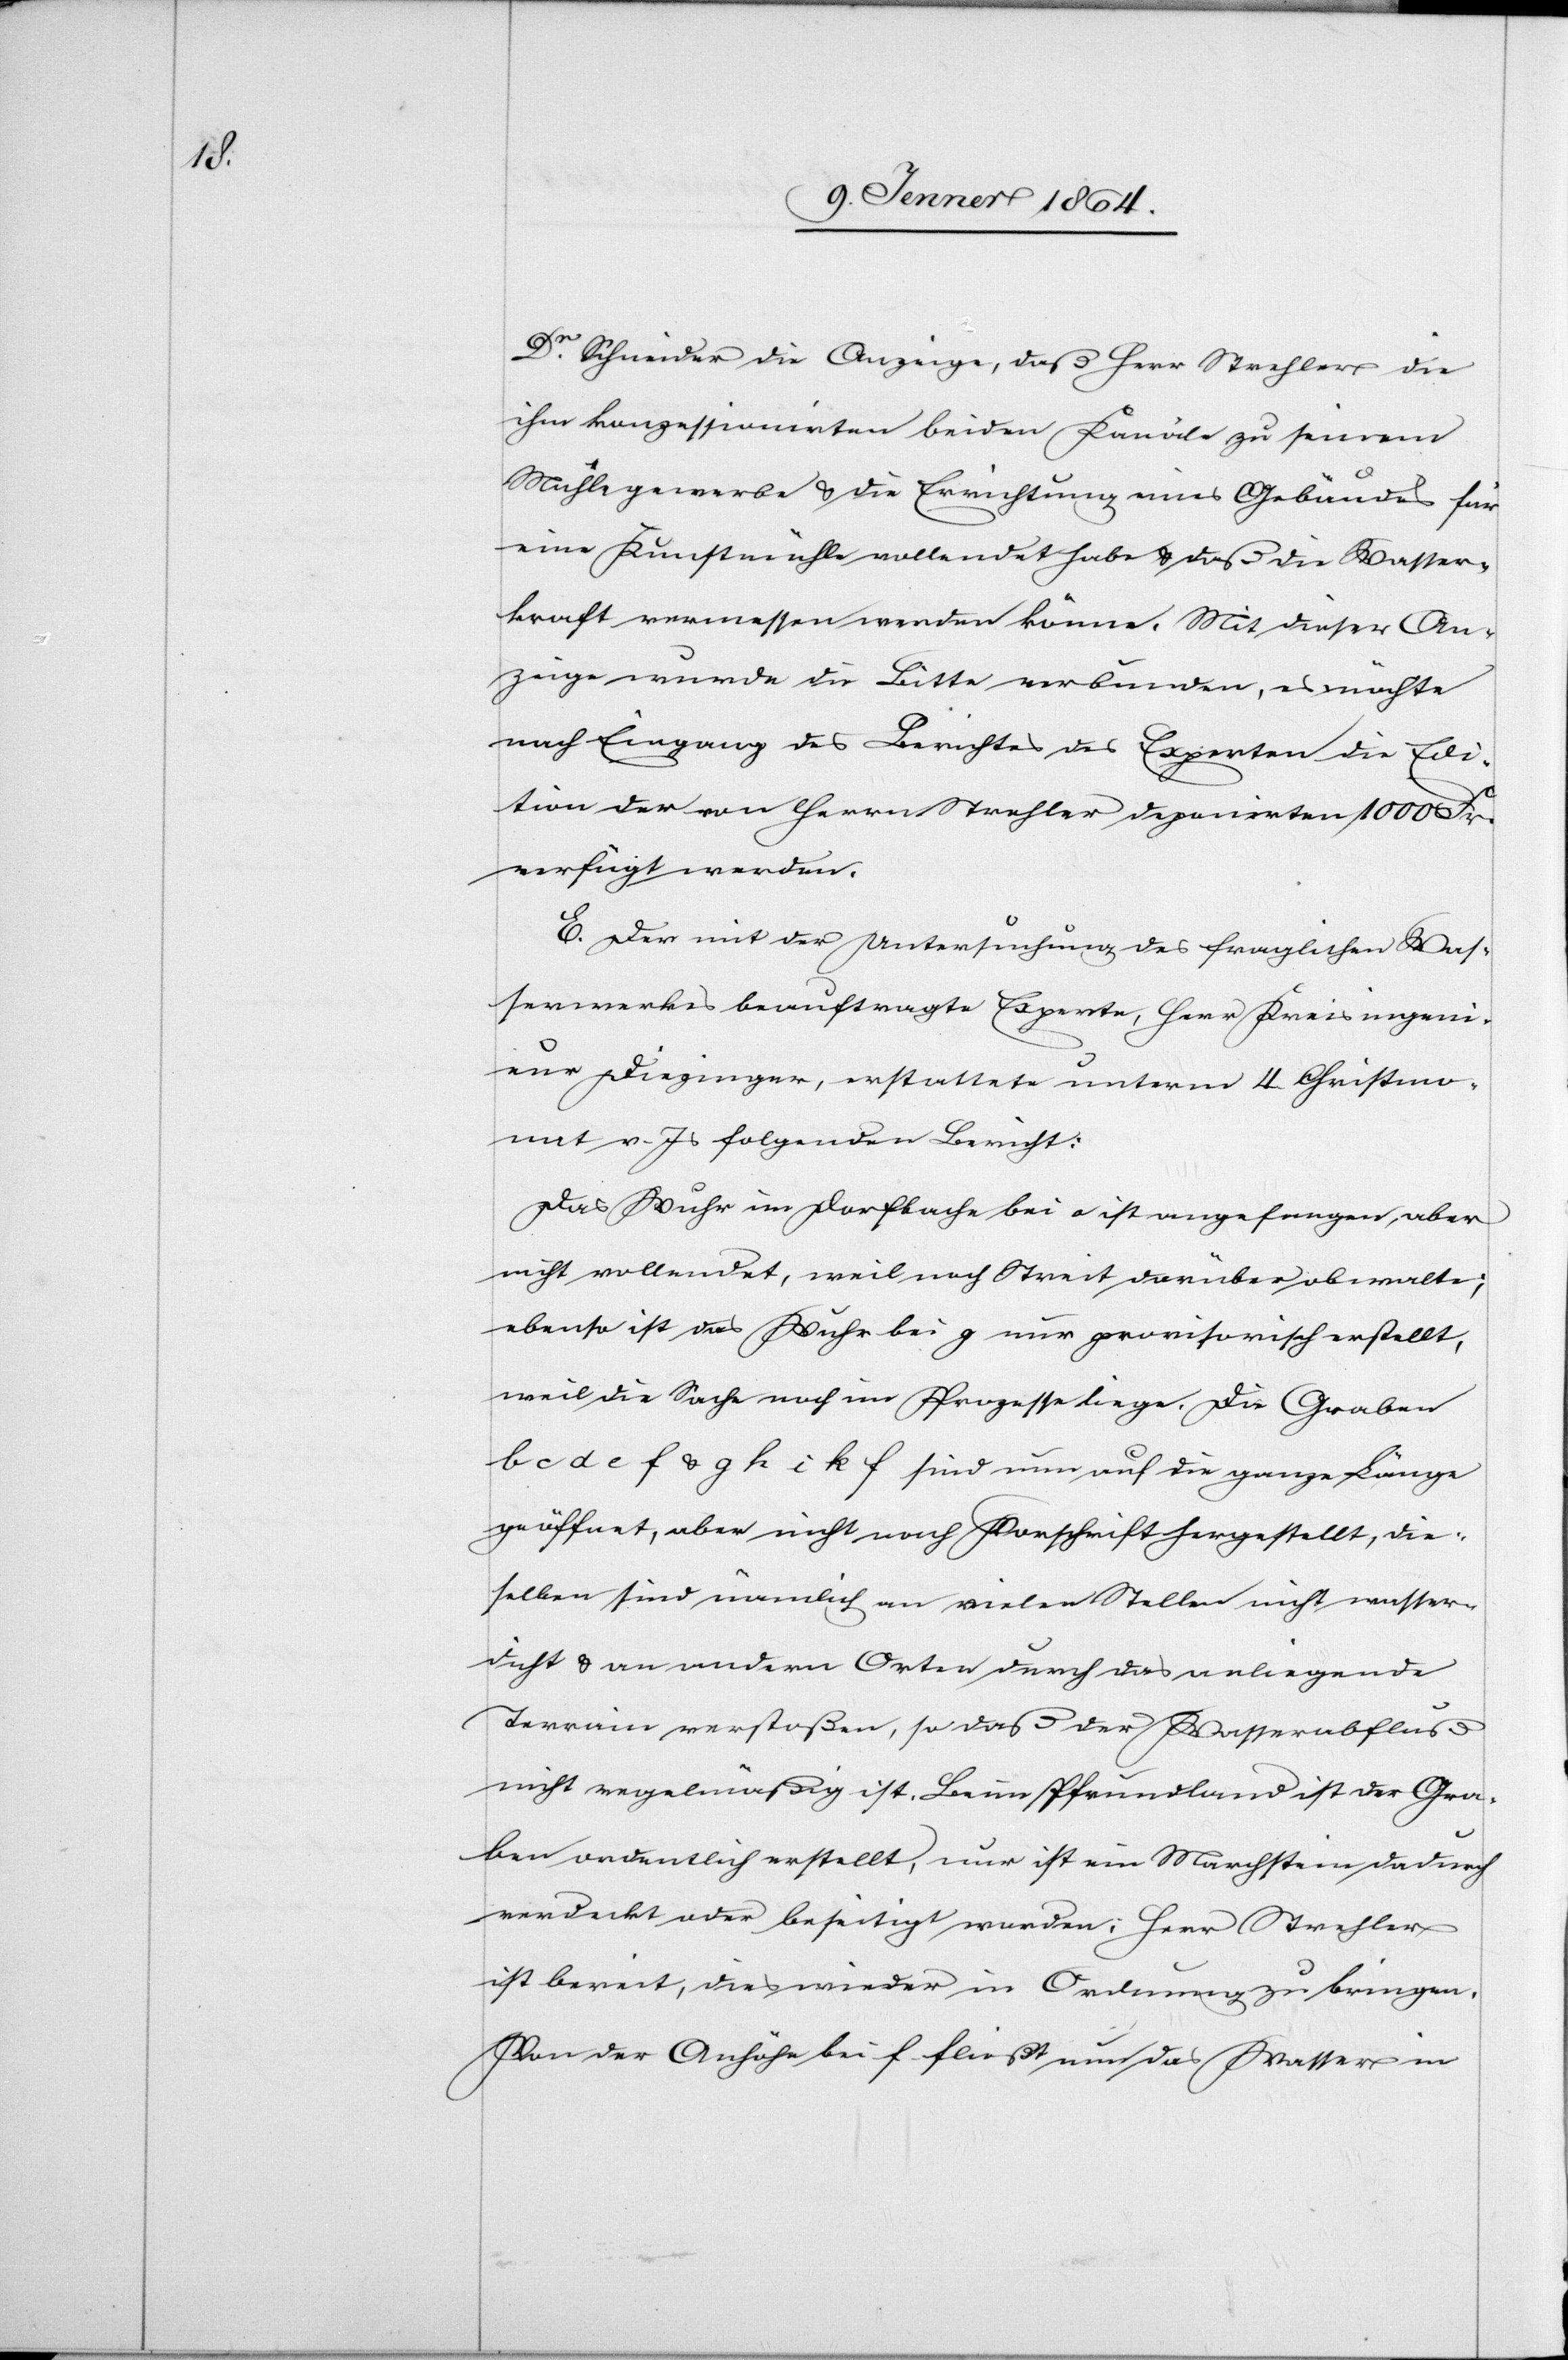
Dr. Schneider die Anzeige, daß Herr Strehler die
ihm konzessionirten beiden Kanäle zu seinem
Mühlgewerbe u. die Errichtung eines Gebäudes für
eine Kunstmühle vollendet habe u. daß die Wasser¬
kraft vermessen werden könne. Mit dieser An¬
zeige wurde die Bitte verbunden, es möchte
nach Eingang des Berichtes der Experten die Edi¬
tion der von Herrn Strehler deponierten 1000 Fr.
verfügt werden.
E. Der mit der Untersuchung des fraglichen Was¬
serwerkes beauftragte Experte, Herr Kreisingeni¬
eur Diezinger, erstellte unterm 4. Christmo¬
nat v. Js folgenden Bericht:
Das Wuhr im Dorfbache bei a ist angefangen, aber
nicht vollendet, weil noch Streit darüber obwalte;
ebenso ist das Wuhr bei g nur provisorisch erstellt,
weil die Sache noch im Prozesse liege. Die Graben
b c d e f u. g h i k f sind nun auf die ganze Länge
geöffnet, aber nicht nach Vorschrift hergestellt, die¬
selben sind nämlich an vielen Stellen nicht wasser¬
dicht u. an andern Orten durch das anliegende
Terrain verstoßen, so daß der Wasserabfluß
nicht regelmäßig ist. Beim Pfrundland ist der Gra¬
ben ordentlich erstellt, nur ist ein Marchstein dadurch
verdeckt oder beseitigt worden; Herr Strehler
ist bereit, dies wieder in Ordnung zu bringen.
Von der Anhöhe bei f. fließt nun das Wasser in